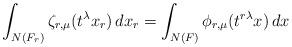
LaTeX: \begin{align*}\int_{N(F_{r})} \zeta_{r,\mu}(t^{\lambda} x_r) \, dx_r = \int_{N(F)} \phi_{r,\mu}(t^{r \lambda} x) \, dx\end{align*}